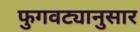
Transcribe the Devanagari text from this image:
फुगवट्यानुसार